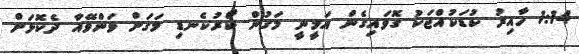
1:14 ހާއިރު ކުޑަކުއްޖަކު ގޮވައިގެން އަމީނީ މަގުން ކޯރުކެނޑި މަގަށް ވަންވޭއާ ދެކޮޅަށް